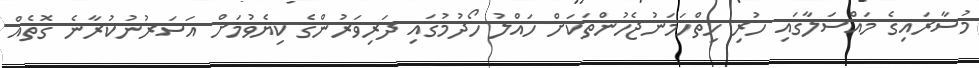
މުސާރައިގެ މައްސަލާގައި ހުރި ހިތްހަމަނުޖެހުންތަކަށް ހައްލު ހޯދުމުގައި ދަރިވަރުންގެ ކިޔެވުމަށް އަސަރުނުކުރާނެ ގޮތެއް